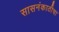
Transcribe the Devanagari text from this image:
सासनंकाठीचा